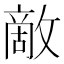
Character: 敵